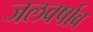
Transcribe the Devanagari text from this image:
जलवर्षाव